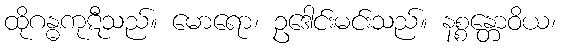
ထိုဂန္ဓကုဋီသည်။ မောရော၊ ဥဒေါင်းမင်းသည်။ နစ္စန္တောဝိယ၊